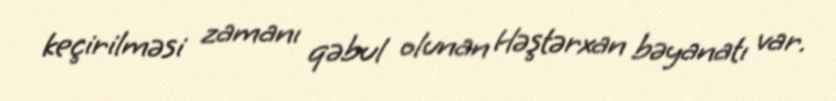
keçirilməsi zamanı qəbul olunan Həştərxan bəyanatı var.